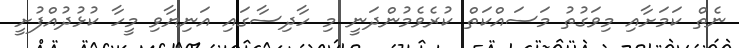
ނެތް ކަމަށާއި މިވަގުތު މަސައްކަތް ކުރެވެމުންދަނީ މި ހާދިސާގައި އަނިޔާވި މީހާ ކުޅުދުއްފުށީ